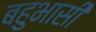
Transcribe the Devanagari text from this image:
बहुभासी